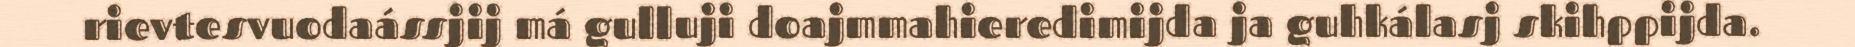
rievtesvuodaássjij má gulluji doajmmahieredimijda ja guhkálasj skihppijda.